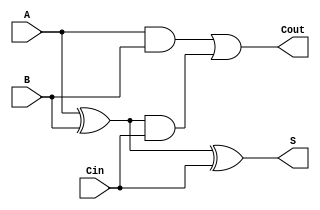
module FullAdder(Cout,S,A,B,Cin);
    input A,B,Cin;
    output Cout,S;
    wire S1out,C1out,C2out;
    xor g1(S1out,A,B);
    xor g2(S,S1out,Cin);
    and g3(C1out,A,B);
    and g4(C2out,S1out,Cin);
    or g5(Cout,C1out,C2out);
endmodule

module Adder(OF,Sum,A,B, enable);
    input [63:0] A;
    input [63:0] B;
    input enable;
    output [63:0] Sum;
    wire [63:0] tempSum;
    wire OverFlow;
    output OF;
    wire [63:0] TempCarryOut;
    FullAdder X1(TempCarryOut[0],tempSum[0],A[0],B[0],1'b0);
    and and_inst1(Sum[0], enable, tempSum[0]);
    genvar i;
    generate
        for (i = 1;i<64;i = i+1)
        begin
            FullAdder X1(TempCarryOut[i],tempSum[i],A[i],B[i],TempCarryOut[i-1]);
            and and_inst2(Sum[i], enable, tempSum[i]);
        end
    endgenerate

    xnor(AxnorB, A[63], B[63]);
    xor(AxorSum, A[63], Sum[63]);
    and(OverFlow, AxnorB, AxorSum);
    and and_inst3(OF, enable, OverFlow);
endmodule